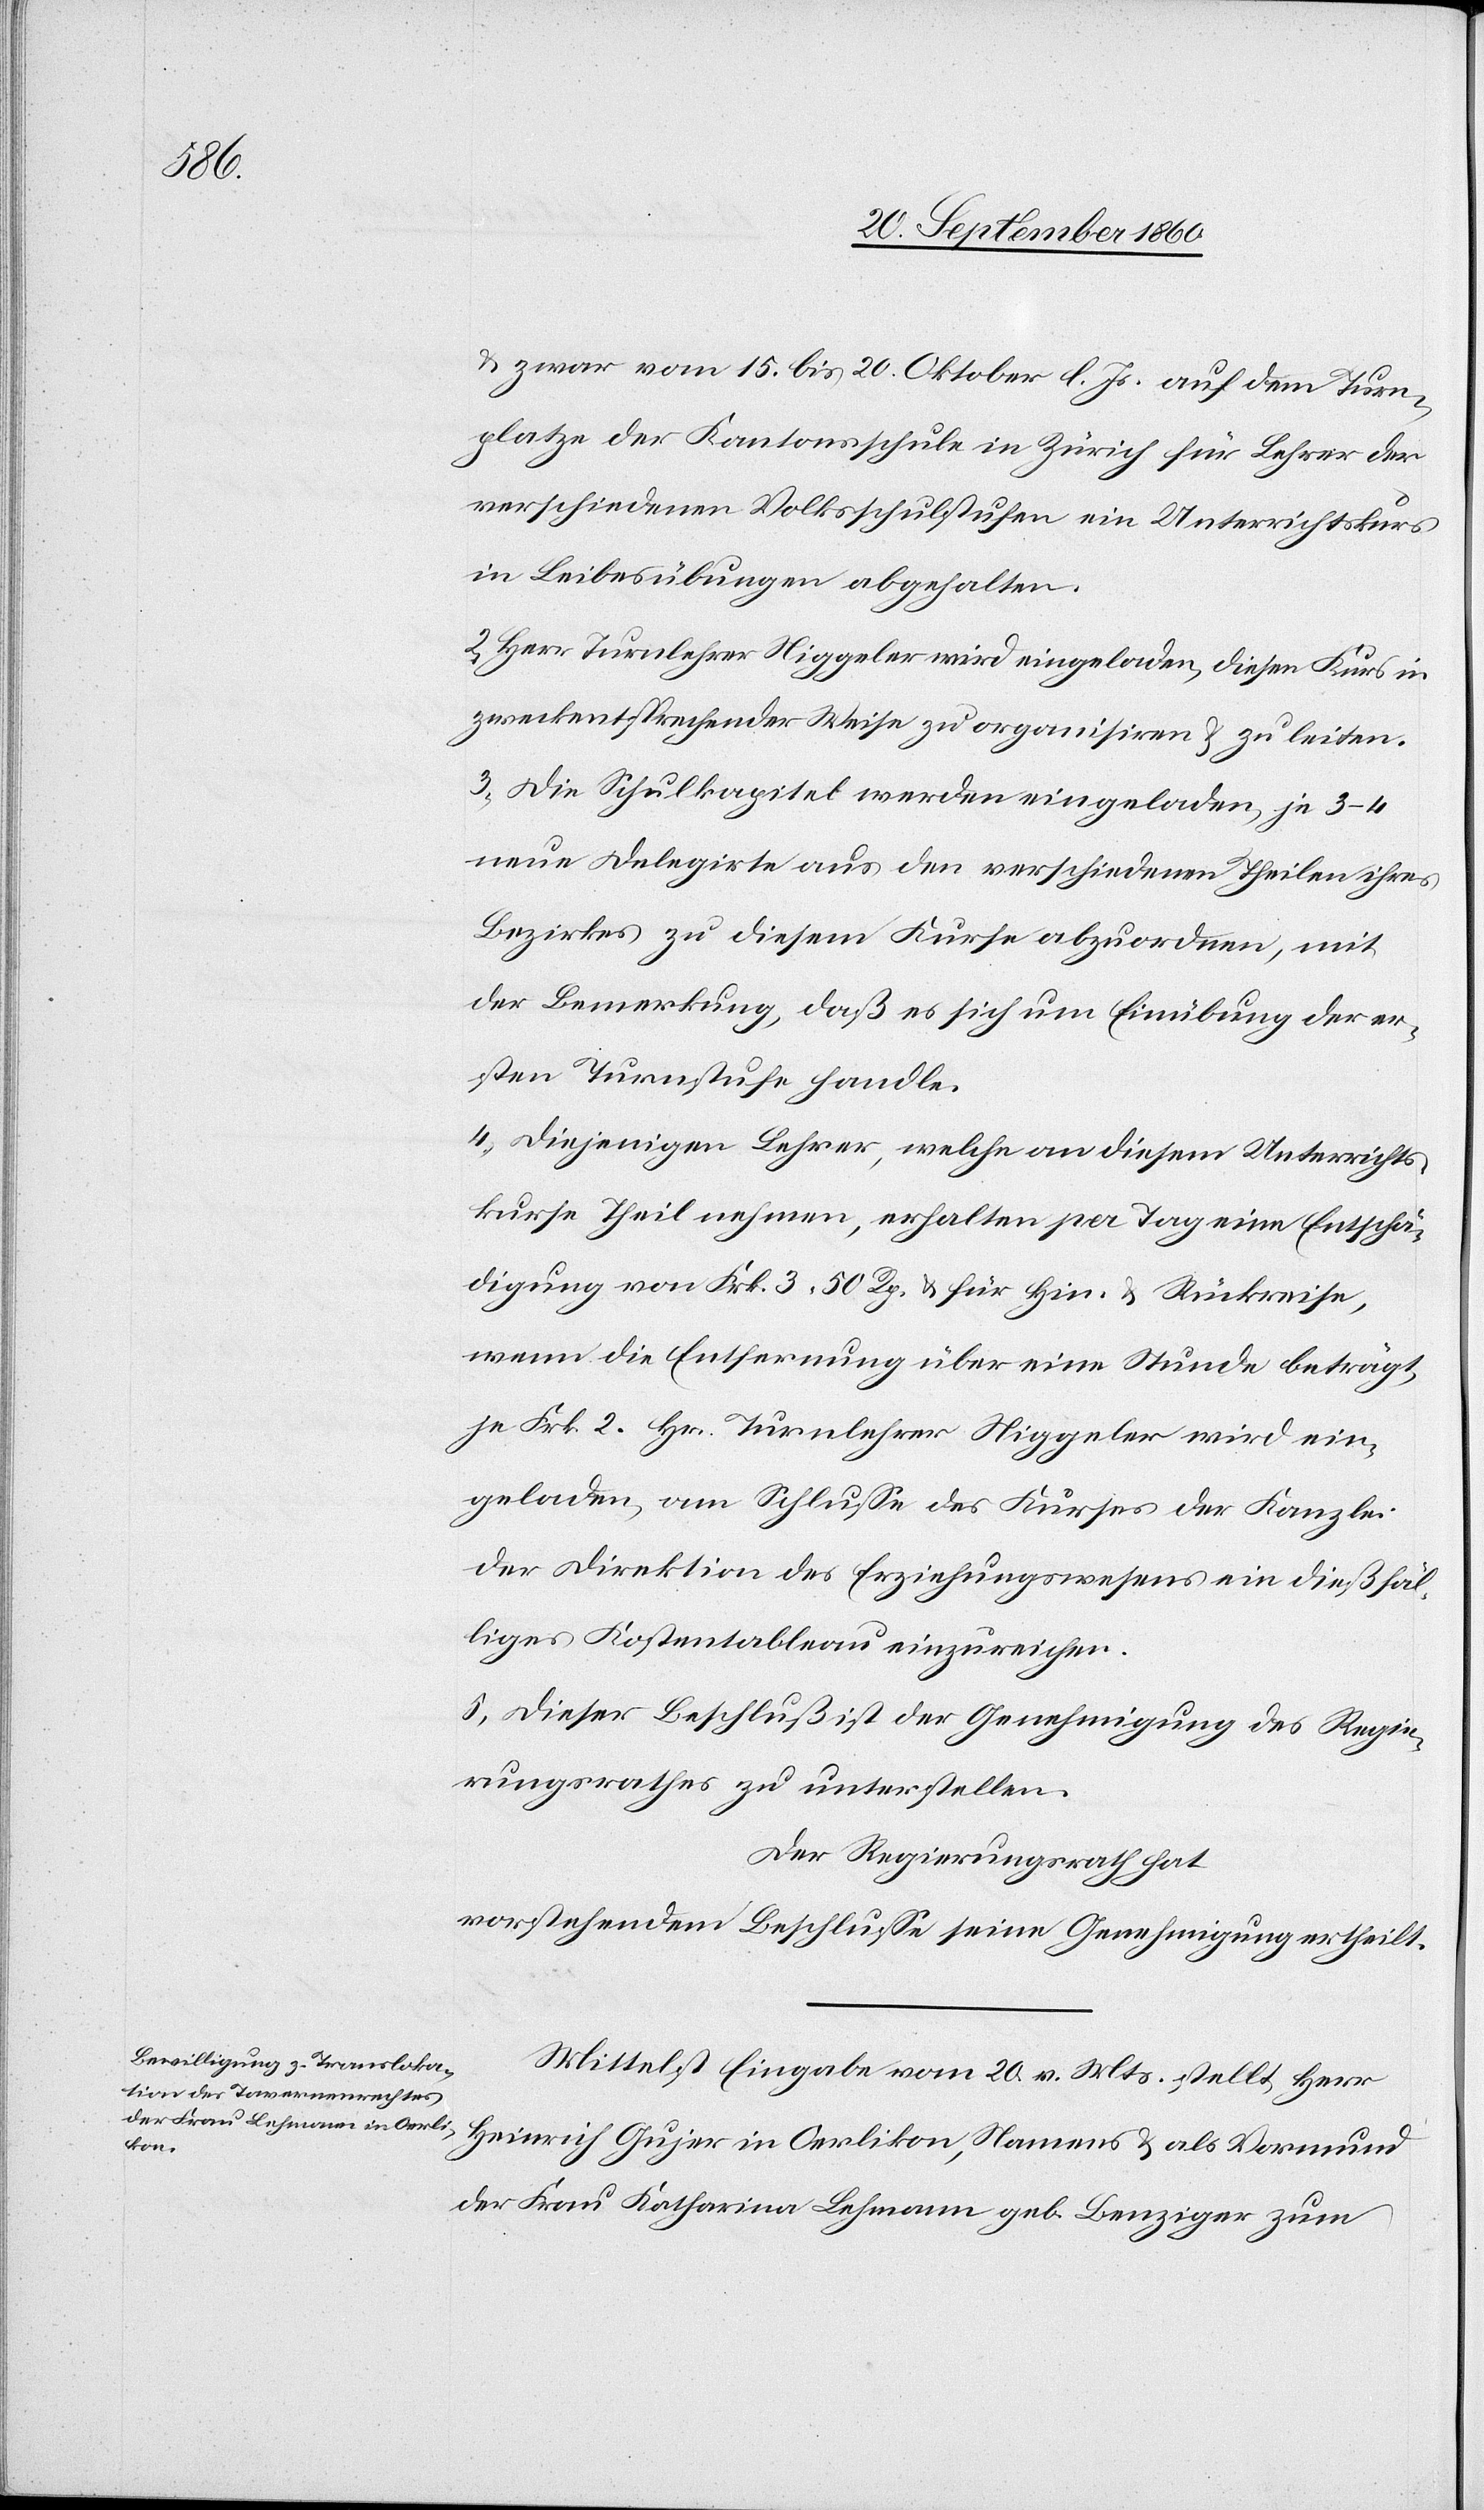
& zwar vom 15. bis 20. Oktober l. Js. auf dem Turn¬
platze der Kantonsschule in Zürich für Lehrer der
verschiedenen Volksschulstufen ein Unterrichtkurs
in Leibesübungen abgehalten.
2. Herr Turnlehrer Niggeler wird eingeladen, diesen Kurs in
zweckentsprechender Weise zu organisiren & zu leiten.
3. Die Schulkapitel werden eingeladen, je 3–4
neue Delegirte aus den verschiedenen Theilen ihres
Bezirkes zu diesem Kurse abzuordnen, mit
der Bemerkung, daß es sich um Einübung der er¬
sten Turnstufe handle.
4. Diejenigen Lehrer, welche an diesem Unterricht¬
kurse Theil nehmen, erhalten per Tag eine Entschä¬
digung von Frk. 3 50 Rp. & für Hin- & Rückreise,
wenn die Entfernung über eine Stunde beträgt,
je Frk. 2. Hrn Turnlehrer Niggeler wird ein¬
geladen, am Schlusse des Kurses der Kanzlei
der Direktion des Erziehungswesens ein dießfäl¬
liges Kostentableau einzureichen.
5. Dieser Beschluß ist der Genehmigung des Regie¬
rungsrathes zu unterstellen.
Der Regierungsrath hat
vorstehendem Beschlusse seine Genehmigung ertheilt.
Mittelst Eingabe vom 20. v. Mts. stellt Herr
Heinrich Gujer in Oerlikon, Namens & als Vormund
der Frau Katharina Lehmann geb. Benziger zum